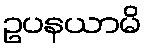
ဥပနယာမိ